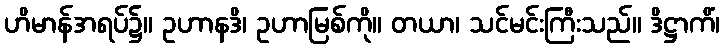
ဟိမာန်အရပ်၌။ ဥဟာနဒိ၊ ဥဟာမြစ်ကို။ တယာ၊ သင်မင်းကြီးသည်။ ဒိဋ္ဌာကိံ၊